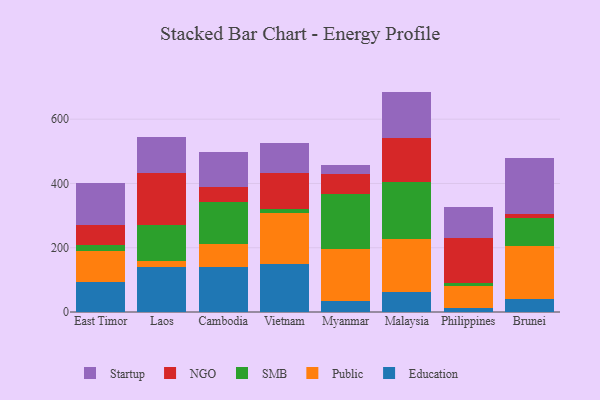
{"axis": {"x": "Country", "y": "Waste Production (Tons)"}, "legend": ["Education", "NGO", "Public", "SMB", "Startup"], "data": [{"x": "East Timor", "y": 94.9, "type": "Education"}, {"x": "East Timor", "y": 93.7, "type": "Public"}, {"x": "East Timor", "y": 18.6, "type": "SMB"}, {"x": "East Timor", "y": 62.3, "type": "NGO"}, {"x": "East Timor", "y": 131.7, "type": "Startup"}, {"x": "Laos", "y": 141.4, "type": "Education"}, {"x": "Laos", "y": 18.6, "type": "Public"}, {"x": "Laos", "y": 112.0, "type": "SMB"}, {"x": "Laos", "y": 160.9, "type": "NGO"}, {"x": "Laos", "y": 112.9, "type": "Startup"}, {"x": "Cambodia", "y": 139.5, "type": "Education"}, {"x": "Cambodia", "y": 72.5, "type": "Public"}, {"x": "Cambodia", "y": 131.1, "type": "SMB"}, {"x": "Cambodia", "y": 47.0, "type": "NGO"}, {"x": "Cambodia", "y": 108.2, "type": "Startup"}, {"x": "Vietnam", "y": 148.0, "type": "Education"}, {"x": "Vietnam", "y": 159.7, "type": "Public"}, {"x": "Vietnam", "y": 12.1, "type": "SMB"}, {"x": "Vietnam", "y": 113.0, "type": "NGO"}, {"x": "Vietnam", "y": 94.5, "type": "Startup"}, {"x": "Myanmar", "y": 33.5, "type": "Education"}, {"x": "Myanmar", "y": 163.8, "type": "Public"}, {"x": "Myanmar", "y": 168.5, "type": "SMB"}, {"x": "Myanmar", "y": 63.7, "type": "NGO"}, {"x": "Myanmar", "y": 29.4, "type": "Startup"}, {"x": "Malaysia", "y": 62.4, "type": "Education"}, {"x": "Malaysia", "y": 166.2, "type": "Public"}, {"x": "Malaysia", "y": 175.5, "type": "SMB"}, {"x": "Malaysia", "y": 136.7, "type": "NGO"}, {"x": "Malaysia", "y": 145.1, "type": "Startup"}, {"x": "Philippines", "y": 12.0, "type": "Education"}, {"x": "Philippines", "y": 69.8, "type": "Public"}, {"x": "Philippines", "y": 7.9, "type": "SMB"}, {"x": "Philippines", "y": 139.6, "type": "NGO"}, {"x": "Philippines", "y": 97.3, "type": "Startup"}, {"x": "Brunei", "y": 39.4, "type": "Education"}, {"x": "Brunei", "y": 165.3, "type": "Public"}, {"x": "Brunei", "y": 88.8, "type": "SMB"}, {"x": "Brunei", "y": 10.0, "type": "NGO"}, {"x": "Brunei", "y": 174.5, "type": "Startup"}]}